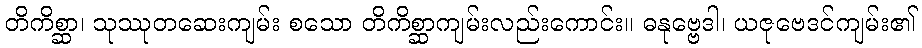
တိကိစ္ဆာ၊ သုဿုတဆေးကျမ်း စသော တိကိစ္ဆာကျမ်းလည်းကောင်း။ ဓနုဗ္ဗေဒါ၊ ယဇုဗေဒင်ကျမ်း၏